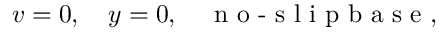
v = 0 , ~ ~ ~ y = 0 , ~ ~ ~ \textrm { n o - s l i p b a s e , }